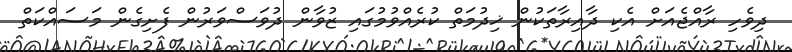
ދިވެހި ރާއްޖެއަށް އެކި ދާއިރާތަކުން ޚިދުމަތް ކުރެއްވުމުގައި ޒުވާން ދުވަސްވަރުން ފެށިގެން މަސައްކަތް